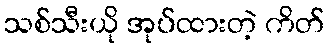
သစ်သီးယို အုပ်ထားတဲ့ ကိတ်